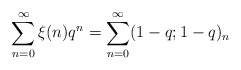
\begin{align*}\sum_{n=0}^\infty \xi(n)q^n = \sum_{n=0}^\infty (1-q;1-q)_n\end{align*}